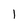
Character: 1